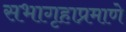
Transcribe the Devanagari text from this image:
सभागृहाप्रमाणे